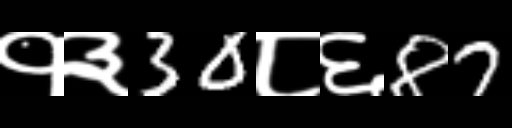
Text: १३30८६87